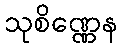
သုစိဏ္ဏေန